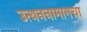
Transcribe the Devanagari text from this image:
उत्थननामागचा